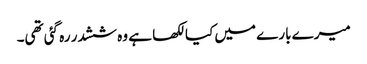
میرے بارے میں کیا لکھا ہے وہ ششدر رہ گئی تھی۔